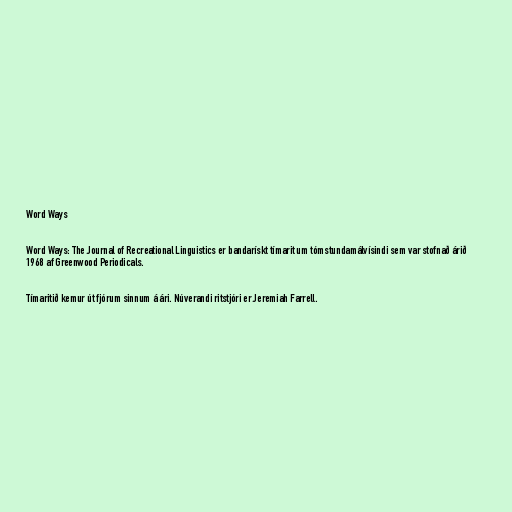
Word Ways

Word Ways: The Journal of Recreational Linguistics er bandarískt tímarit um tómstundamálvísindi sem var stofnað árið
1968 af Greenwood Periodicals.

Tímaritið kemur út fjórum sinnum á ári. Núverandi ritstjóri er Jeremiah Farrell.